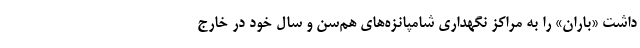
داشت «باران» را به مراکز نگهداری شامپانزه‌های هم‌سن و سال خود در خارج